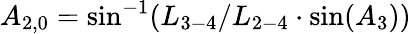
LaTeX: {A_{2,0}}=\sin^{-1}({L_{3-4}}/{L_{2-4}}\cdot\sin({A_{3}}))